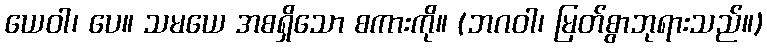
ယေဝါ၊ ပေ။ သမယေ အစရှိသော စကားကို။ (ဘဂဝါ၊ မြတ်စွာဘုရားသည်။)